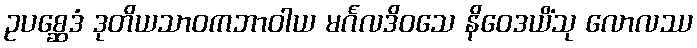
ဥပစ္ဆေဒံ ဒုတိယသာဝကဘာဝါယ မင်္ဂလဒိဝသေ နိဝေဒယိံသု လောလဿ